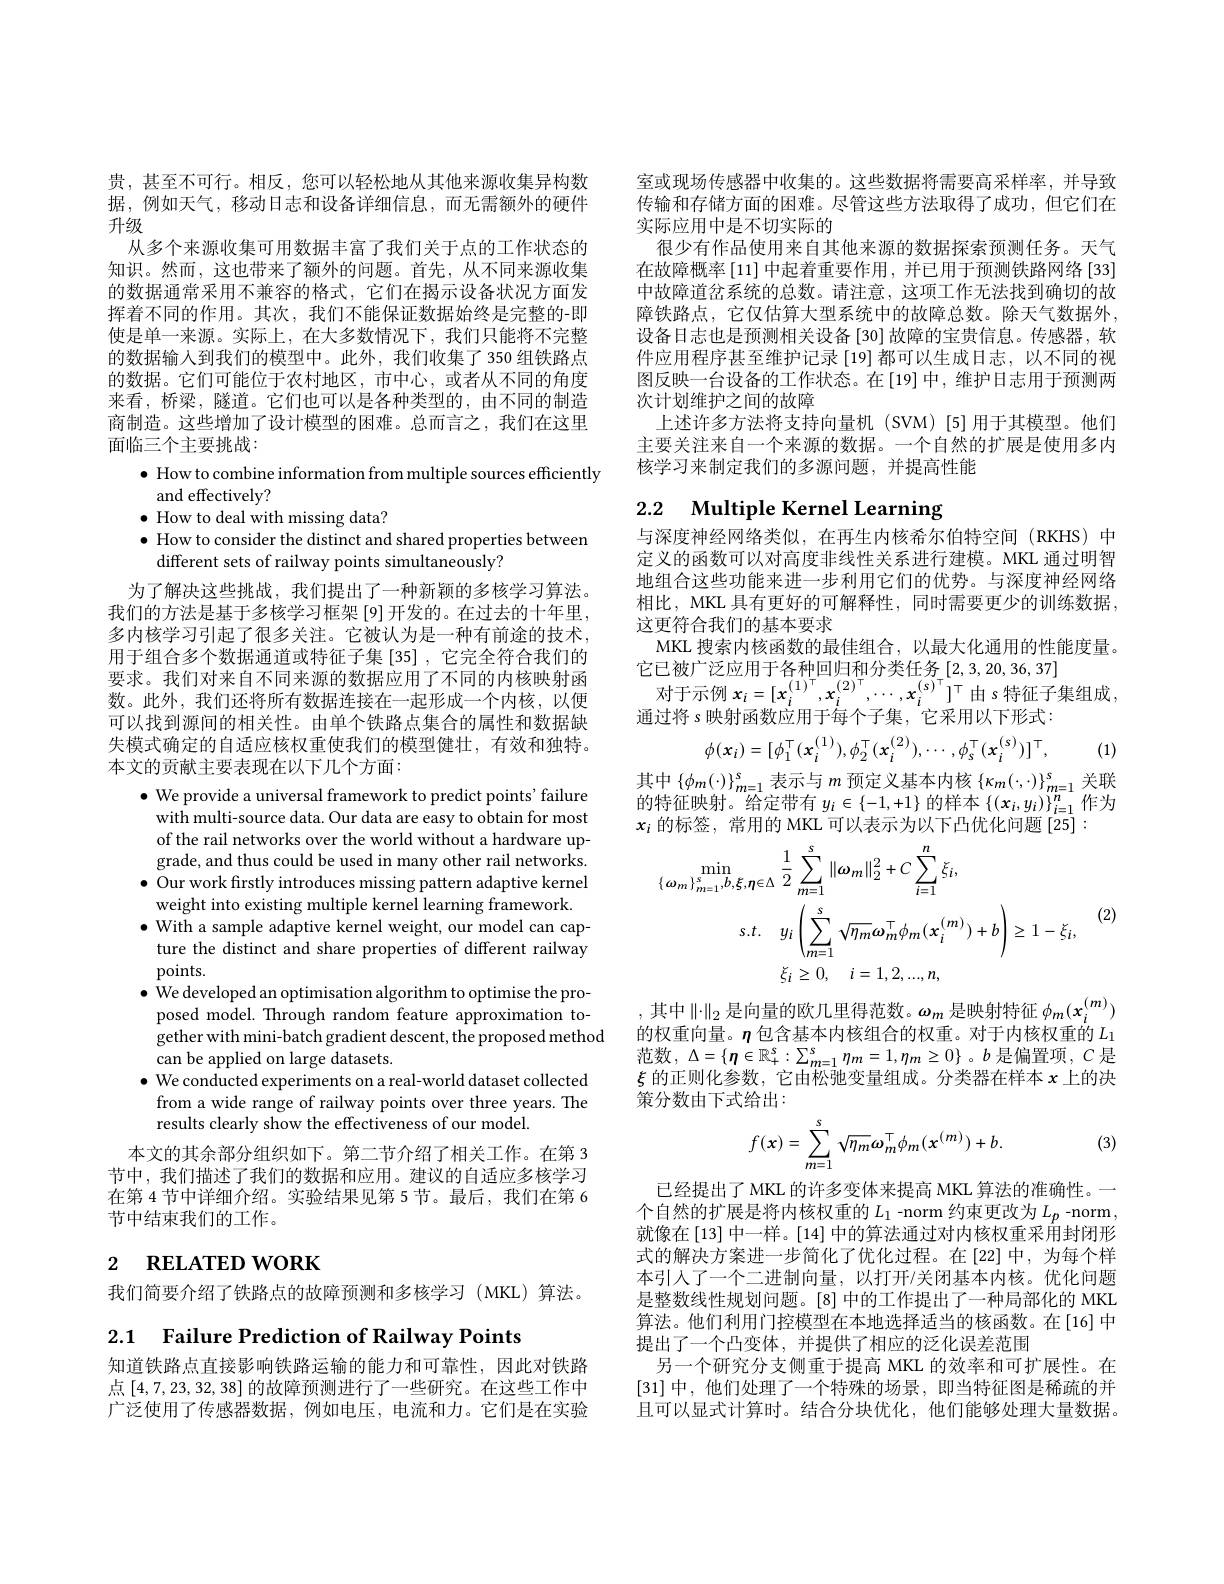
贵，甚至不可行。相反，您可以轻松地从其他来源收集异构数据，例如天气，移动日志和设备详细信息，而无需额外的硬件升级
从多个来源收集可用数据丰富了我们关于点的工作状态的知识。然而，这也带来了额外的问题。首先，从不同来源收集的数据通常采用不兼容的格式，它们在揭示设备状况方面发挥着不同的作用。其次，我们不能保证数据始终是完整的-即使是单一来源。实际上，在大多数情况下，我们只能将不完整的数据输入到我们的模型中。此外，我们收集了 350 组铁路点的数据。它们可能位于农村地区，市中心，或者从不同的角度来看，桥梁，隧道。它们也可以是各种类型的，由不同的制造商制造。这些增加了设计模型的困难。总而言之，我们在这里面临三个主要挑战：
$\bullet$ How to combine information from multiple sources efficiently
and effectively?
$\bullet$ How to deal with missing data?
$\bullet$ How to consider the distinct and shared properties between
different sets of railway points simultaneously?
为了解决这些挑战，我们提出了一种新颖的多核学习算法。我们的方法是基于多核学习框架[9]开发的。在过去的十年里， 多内核学习引起了很多关注。它被认为是一种有前途的技术， 用于组合多个数据通道或特征子集[35] ,它完全符合我们的要求。我们对来自不同来源的数据应用了不同的内核映射函数。此外，我们还将所有数据连接在一起形成一个内核，以便可以找到源间的相关性。由单个铁路点集合的属性和数据缺失模式确定的自适应核权重使我们的模型健壮，有效和独特。本文的贡献主要表现在以下几个方面：
$\bullet$ We provide a universal framework to predict points' failure with multi-source data. Our data are easy to obtain for most of the rail networks over the world without a hardware upgrade, and thus could be used in many other rail networks.
$\bullet$ Our work firstly introduces missing pattern adaptive kernel
weight into existing multiple kernel learning framework. $\bullet$ With a sample adaptive kernel weight, our model can capture the distinct and share properties of different railway points.
$\bullet$ We developed an optimisation algorithm to optimise the proposed model. Through random feature approximation together with mini-batch gradient descent, the proposed method can be applied on large datasets.
$\bullet$ We conducted experiments on a real-world dataset collected from a wide range of railway points over three years. The results clearly show the effectiveness of our model.
本文的其余部分组织如下。第二节介绍了相关工作。在第 3节中，我们描述了我们的数据和应用。建议的自适应多核学习在第 4 节中详细介绍。实验结果见第 5 节。最后，我们在第 6节中结束我们的工作。

# 2 RELATED WORK

我们简要介绍了铁路点的故障预测和多核学习(MKL)算法。

2.1 Failure Prediction of Railway Points

知道铁路点直接影响铁路运输的能力和可靠性，因此对铁路点[4,7,23,32,38]的故障预测进行了一些研究。在这些工作中广泛使用了传感器数据，例如电压，电流和力。它们是在实验

室或现场传感器中收集的。这些数据将需要高采样率，并导致传输和存储方面的困难。尽管这些方法取得了成功，但它们在实际应用中是不切实际的
很少有作品使用来自其他来源的数据探索预测任务。天气在故障概率[11]中起着重要作用，并已用于预测铁路网络 [33] 中故障道岔系统的总数。请注意，这项工作无法找到确切的故障铁路点，它仅估算大型系统中的故障总数。除天气数据外， 设备日志也是预测相关设备[30]故障的宝贵信息。传感器，软件应用程序甚至维护记录[19]都可以生成日志，以不同的视图反映一台设备的工作状态。在[19]中，维护日志用于预测两次计划维护之间的故障
上述许多方法将支持向量机 (SVM)[5]用于其模型。他们主要关注来自一个来源的数据。一个自然的扩展是使用多内核学习来制定我们的多源问题，并提高性能

# 2.2 $\textbf{Multiple Kernel Learning}$

与深度神经网络类似，在再生内核希尔伯特空间(RKHS)中定义的函数可以对高度非线性关系进行建模。MKL 通过明智地组合这些功能来进一步利用它们的优势。与深度神经网络相比，MKL 具有更好的可解释性，同时需要更少的训练数据， 这更符合我们的基本要求
MKL 搜索内核函数的最佳组合，以最大化通用的性能度量。
它已被广泛应用于各种回归和分类任务_[2,3,20,36,37]
对于示例$x_i=[x_i^{(1)^\top},x_i^{(2)^\top},\cdots,x_i^{(s)^\top}]^\top$由$s$特征子集组成，
通过将 s 映射函数应用于每个子集，它采用以下形式：
$$\phi(x_i)=[\phi_1^\top(x_i^{(1)}),\phi_2^\top(x_i^{(2)}),\cdots,\phi_s^\top(x_i^{(s)})]^\top,$$
(1)

其中$\left\{\phi_m(\cdot)\right\}_{m=1}^s$表示与$m$预定义基本内核$\left\{\kappa_m(\cdot,\cdot)\right\}_m=1^s$关联的特征映射。给定带有$y_i\in\{-1,+1\}$的样本$\{(x_i,y_i)\}_i=1^n$作为

$x_i$的标签，常用的 MKL 可以表示为以下凸优化问题 [25] :
$$\begin{aligned}\min_{\{\omega_{m}\}_{m=1}^{s},b,\xi,\eta\in\Delta}&\frac{1}{2}\sum_{m=1}^{s}\|\omega_{m}\|_{2}^{2}+C\sum_{i=1}^{n}\xi_{i},\\s.t.&y_{i}\left(\sum_{m=1}^{s}\sqrt{\eta_{m}}\omega_{m}^{\top}\phi_{m}(x_{i}^{(m)})+b\right)\geq1-\xi_{i},\\&\xi_{i}\geq0,\quad i=1,2,...,n,\end{aligned}$$
(2)

,其中$\|\cdot\|_2$是向量的欧几里得范数。$\omega_m$ 是映射特征 $\phi_m(x_i^{(m)})$ 的权重向量。$\eta$包含基本内核组合的权重。对于内核权重的 $L_{1}$ 范数$,\Delta=\{\boldsymbol{\eta}\in\mathbb{R}_{+}^{s}:\sum_{m=1}^{s}\eta_{m}=1,\eta_{m}\geq0\}$ 。$b$是偏置项，$C$是$\xi$的正则化参数，它由松弛变量组成。分类器在样本$x$上的决策分数由下式给出：

(3)
$$f(x)=\sum_{m=1}^{s}\sqrt{\eta_{m}}\omega_{m}^{\top}\phi_{m}(x^{(m)})+b.$$
已经提出了 MKL 的许多变体来提高 MKL 算法的准确性。一个自然的扩展是将内核权重的$L_1$ -norm 约束更改为$L_p$ -norm, 就像在[13] 中一样。[14] 中的算法通过对内核权重采用封闭形式的解决方案进一步简化了优化过程。在[22]中，为每个样本引人了一个二进制向量，以打开/关闭基本内核。优化问题是整数线性规划问题。[8] 中的工作提出了一种局部化的 MKL 算法。他们利用门控模型在本地选择适当的核函数。在[16]中提出了一个凸变体，并提供了相应的泛化误差范围
另一个研究分支侧重于提高 MKL 的效率和可扩展性。在[31]中，他们处理了一个特殊的场景，即当特征图是稀疏的并且可以显式计算时。结合分块优化，他们能够处理大量数据。